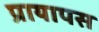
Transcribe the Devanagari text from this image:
प्रायापस